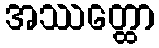
အဿတ္ထော